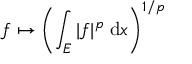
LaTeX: f \mapsto \left( \int _ { E } | f | ^ { p } \; \mathrm { d } x \right) ^ { 1 / p }